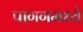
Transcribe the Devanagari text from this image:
पागगमध्ये